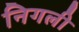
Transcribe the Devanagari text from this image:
निगली